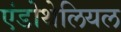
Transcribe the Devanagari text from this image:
एंडोथेलियल